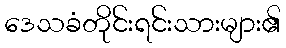
ဒေသခံတိုင်းရင်းသားများ၏